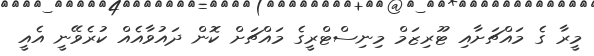
މީރާ ގެ މައްޗަށާއި ޓޫރިޒަމް މިނިސްޓްރީގެ މައްޗަށް ކޮން ދައުވާއެއް ކުރެވޭނީ އެއީ